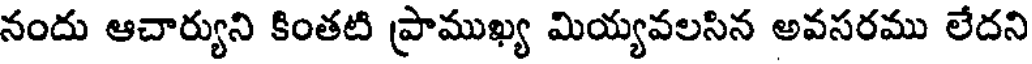
నందు ఆచార్యుని కింతటి ప్రాముఖ్య మియ్యవలసిన అవసరము లేదని